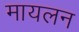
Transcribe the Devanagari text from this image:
मायलन